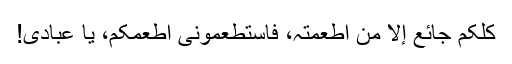
کلکم جائع إلا من أطعمتہ، فاستطعمونی أطعمکم، یا عبادی!